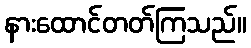
နားထောင်တတ်ကြသည်။